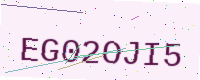
Text: EG02OJI5